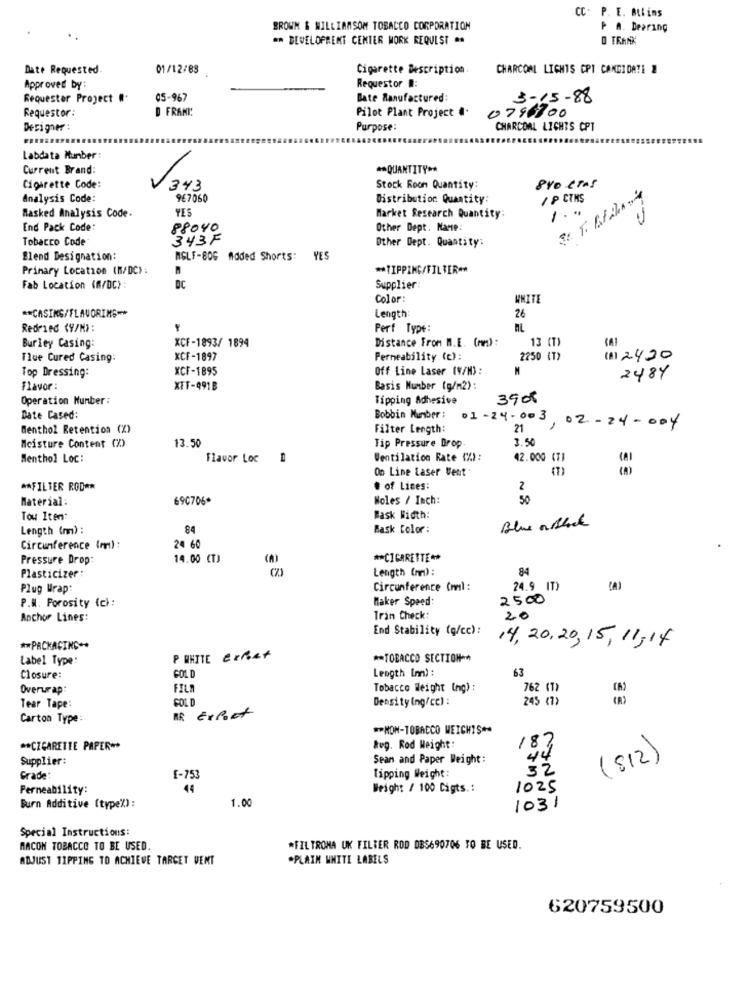
CC. P. E. BLlins
BROWN & WILLIAMSOM TOBACCO CORPORATION
P A. Dearing
** DEVELOPMENT CENTER WORK REQUEST **
Date Requested.
01/12/88
Cigarette Description
CHARCOAL LIGHTS CPT CANDIDATE 2
Requestor #:
Approved by:
Requestor Project #
05-967
Bate Manufactured:
3-15-88
Requestor:
D FRANI!
Pilot Plant Project #.
0796700
Designer :
Purpose:
CHARCOAL LICHTS CPT
Labdata Number :
Current Brand:
** QUANTITY **
840 eras
Cigarette Code:
343
Stock Room Quantity:
Analysis Code:
967060
Distribution Quantity:
/ P CTMS
YES
Masked Analysis Code.
Market Research Quantity:
End Pack Code:
P8040
Other Dept. Name
Tobacco Code
343F
Other Dept. Quantity:
Blend Designation:
MGLF-8OG Added Shorts: YES
Primary Location (M/DC):
** TIPPING/FILTER **
Fab Location (M/DC) :
AC
Supplier:
Color:
WHITE
26
** CASING/FLAVORING **
Length:
Redried (y/N>:
Perf Type:
XCF-1893/ 1894
Distance From M.E. (om):
13 (T)
Burley Casing:
Tue Cured Casing:
XCF-1897
Permeability (c):
2250 (T)
(8) 2430
Top Dressing:
XCF-1895
Off Line Laser (V/M):
2484
Flavor :
XFF-491B
Basis Number (g/m2):
Operation Hunber :
Tipping Adhesive
3908
Date Cased
Bobbin Number : 01 -24 - 003
Menthol Retention (%)
Filter Length:
21
02-24-004
13.50
3.50
Moisture Content CZ)
Tip Pressure Drop
Menthol Loc:
Flavor Loc
Ventilation Rate (X):
42.000 (T
On Line Laser Vent
** FILTER ROD **
# of Lines:
2
Material:
690706*
Noles / Inch:
50
Tow Iten:
Bask Width:
Blue ochot
Length (mm) :
84
Bask Color :
Circumference (mn) :
24 60
Pressure Drop:
14.00 (T)
** CIGARETTE **
Length (mm) :
84
Plasticizer:
Plug Wrap:
Circumference (mml :
24.9 (T)
Maker Speed:
2500
P.M. Porosity (c):
Aochor Lines:
Tran Check:
20
End Stability (g/cc) :
** PACKAGING++
14, 20,20, 15, 11:14
Label Type:
P WHITE export
** TOBACCO SECTION **
Length Im) :
63
Closure:
GOLD
Overurap
FILM
Tobacco Weight Ing) :
762 (1)
GOLD
Density (ng/cc) :
245 (7>
Tear Tape:
Carton Type:
AR Export
** NON-TOBACCO WEICHIS **
** CIGARETTE PAPER **
Aug. Rod Weight:
187
Supplier:
Sean and Paper Weight:
44
(812)
32
Grade
f-753
Tipping Weight:
Permeability:
44
Weight / 100 Cigts .:
1025
1.00
Surn Additive (type%) :
1031
Special Instructions:
MACON TOBACCO TO BE USED.
*FILTRONA UK FILTER ROD DES690706 TO BE USED.
ADJUST 11PPING TO ACHIEVE TARGET VENT
*PLAIN WHITE LABELS
620759500